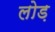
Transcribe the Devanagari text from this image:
लोड़